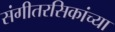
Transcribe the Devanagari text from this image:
संगीतरसिकांच्या